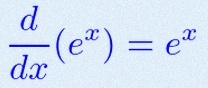
\frac{d}{dx}(e^x)=e^x